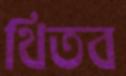
থিতব